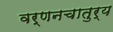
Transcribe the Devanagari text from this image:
वर्णनचातुर्य